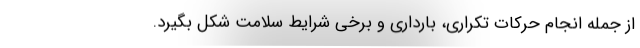
از جمله انجام حرکات تکراری، بارداری و برخی شرایط سلامت شکل بگیرد.